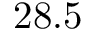
2 8 . 5